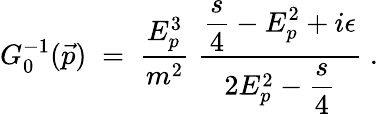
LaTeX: G_{0}^{-1}(\vec{p})\; =\; \frac{E_{p}^{3}}{m^{2}}\; \frac{\displaystyle\frac{s}{4}-E_{p}^{2}+i\epsilon}{2E_{p}^{2}-\displaystyle\frac{s}{4}}\; .